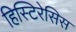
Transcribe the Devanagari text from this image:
हिस्टिरेसिस